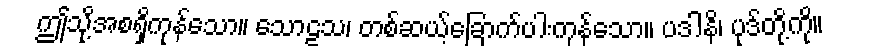
ဤသို့အစရှိကုန်သော။ သောဠသ၊ တစ်ဆယ့်ခြောက်ပါးကုန်သော။ ပဒါနိ၊ ပုဒ်တို့ကို။